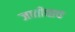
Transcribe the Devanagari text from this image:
जातीचाच